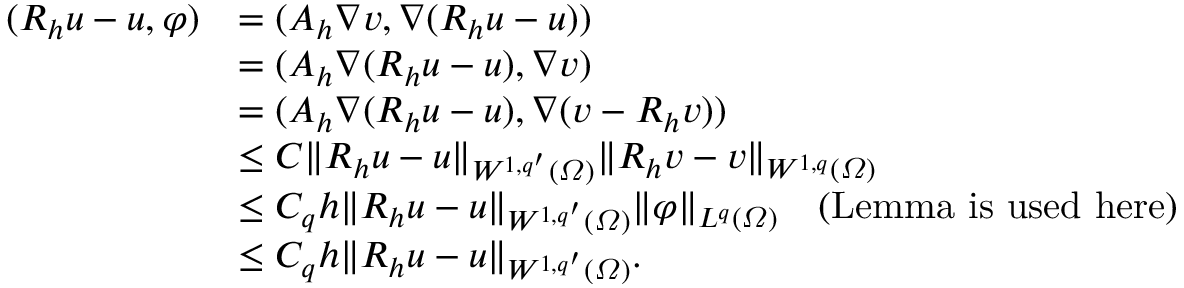
\begin{array} { r l } { ( R _ { h } u - u , \varphi ) } & { = ( A _ { h } \nabla v , \nabla ( R _ { h } u - u ) ) } \\ & { = ( A _ { h } \nabla ( R _ { h } u - u ) , \nabla v ) } \\ & { = ( A _ { h } \nabla ( R _ { h } u - u ) , \nabla ( v - R _ { h } v ) ) } \\ & { \leq C \| R _ { h } u - u \| _ { W ^ { 1 , q ^ { \prime } } ( \varOmega ) } \| R _ { h } v - v \| _ { W ^ { 1 , q } ( \varOmega ) } } \\ & { \leq C _ { q } h \| R _ { h } u - u \| _ { W ^ { 1 , q ^ { \prime } } ( \varOmega ) } \| \varphi \| _ { L ^ { q } ( \varOmega ) } \quad \mathrm { ( L e m m a ~ i s ~ u s e d ~ h e r e ) } } \\ & { \leq C _ { q } h \| R _ { h } u - u \| _ { W ^ { 1 , q ^ { \prime } } ( \varOmega ) } . } \end{array}